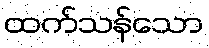
ထက်သန်သော